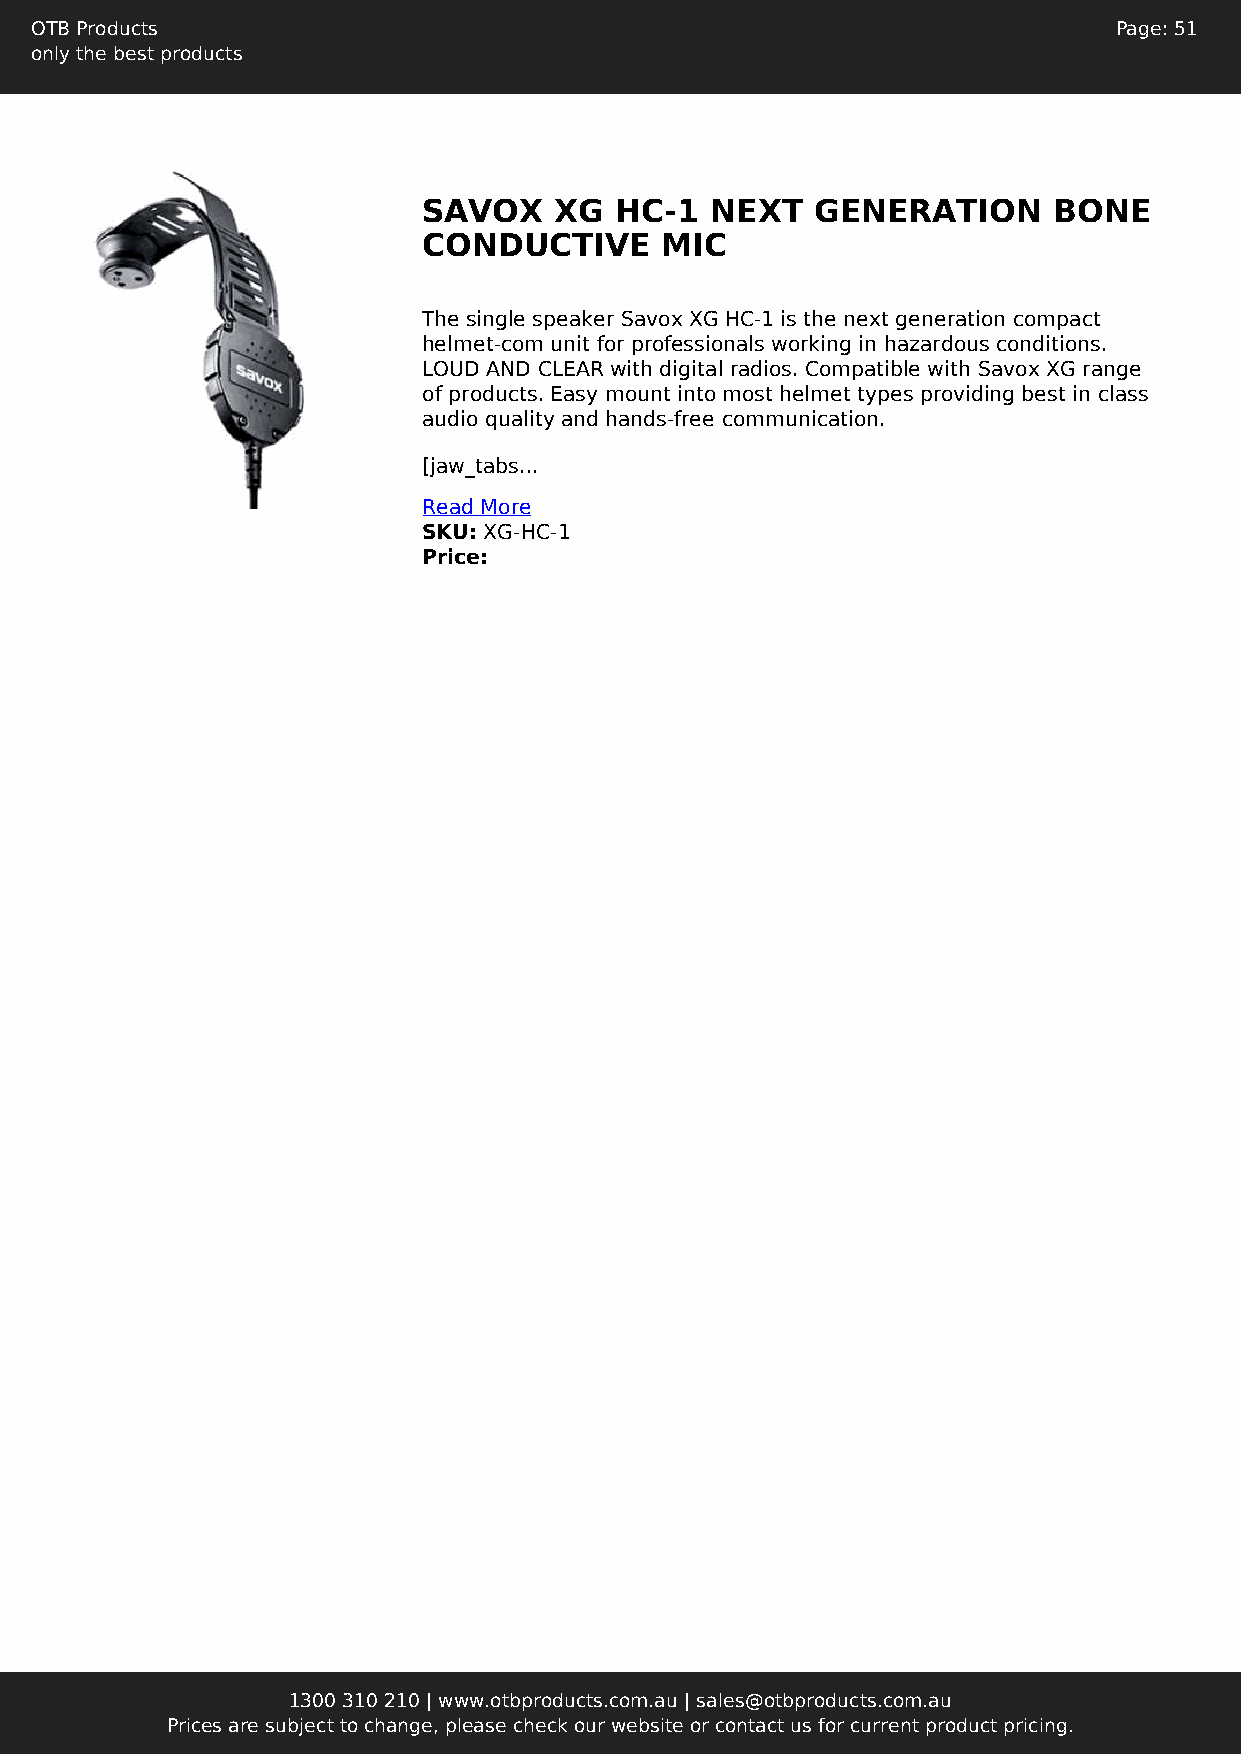
OTB Products                                                            Page: 51
 only the best products
 SAVOX    XG  HC-1  NEXT   GENERATION      BONE
 CONDUCTIVE      MIC
 The single speaker Savox XG HC-1 is the next generation compact
 helmet-com unit for professionals working in hazardous conditions.
 LOUD AND CLEAR with digital radios. Compatible with Savox XG range
 of products. Easy mount into most helmet types providing best in class
 audio quality and hands-free communication.
 [jaw_tabs...
 Read More
 SKU: XG-HC-1
 Price:
 1300 310 210 | www.otbproducts.com.au | sales@otbproducts.com.au
 Prices are subject to change, please check our website or contact us for current product pricing.